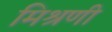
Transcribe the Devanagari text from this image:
मिश्रणी